Report of the Municipal Commissioner on the plague in Bombay for the year ending 31st May... - Volume 1
Disease focus: Plague
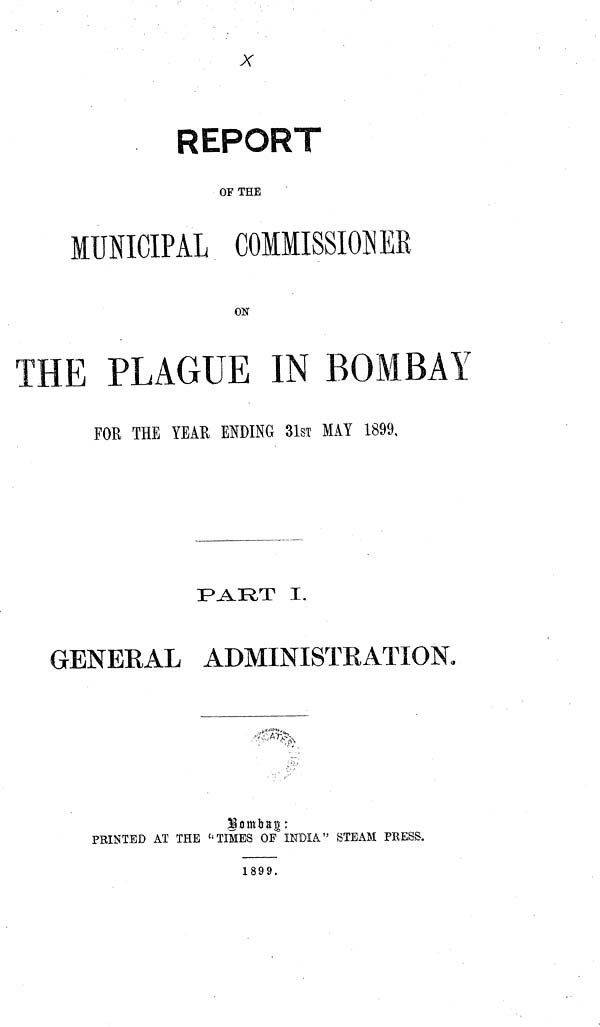
REPORT
OF THE
MUNICIPAL COMMISSIONER
ON
THE PLAGUE IN BOMBAY
FOR THE YEAR ENDING 31sT MAY 1899
PART I.
GENERAL ADMINISTRATION»
Bombay:
PRINTED AT THE "TIMES OF INDIA" STEAM PRESS.
1899.